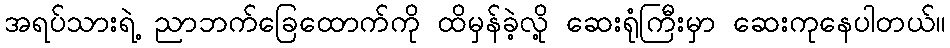
အရပ်သားရဲ့ ညာဘက်ခြေထောက်ကို ထိမှန်ခဲ့လို့ ဆေးရုံကြီးမှာ ဆေးကုနေပါတယ်။